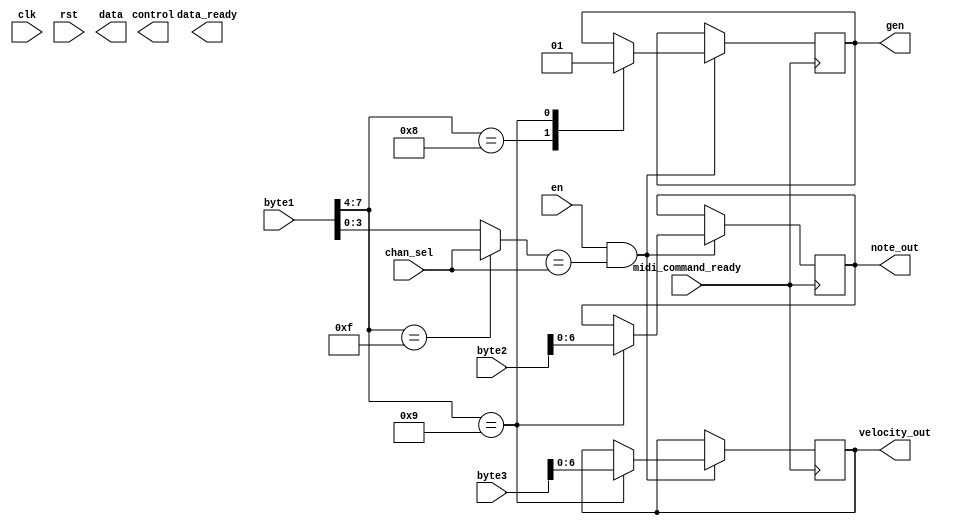
module midi_parse_2(clk, rst, en, midi_command_ready, 
					chan_sel, byte1, byte2, byte3,  		  // 
					gen, note_out, velocity_out, data, control, data_ready
					);

input wire clk;             // 50 MHz clock
input wire rst;             // reset
input wire en;             // enable data transmit
//note control
input [3:0] chan_sel;
input [7:0] byte1;
input [7:0] byte2;
input [7:0] byte3;

output gen;
reg gen;
output [6:0] note_out;
reg [6:0] note_out;
output [6:0] velocity_out;
reg [6:0] velocity_out;
output [13:0] data;
reg [13:0] data;
output [13:0] control;
reg [13:0] control;

wire sysex = byte1[7:4]==4'b1111;

wire message = ((byte1[7:4]>=4'b1000) && (byte1[7:4]<4'b1111));

wire [3:0]chan;
wire [3:0]ch_message = byte1[7:4];

input wire midi_command_ready;
output  data_ready;
reg data_ready;

assign chan = (sysex) ? chan_sel : byte1[3:0];


always @ (posedge midi_command_ready) begin
if (en && (chan==chan_sel)) begin
case (ch_message)
	4'b1000:begin//Note Off
	gen <= 1'b0;
	end
	4'b1001:begin//Note On
	note_out <= byte2[6:0];
	velocity_out <= byte3[6:0];
	gen <= 1'b1;
	end
	4'b1011:begin//CC
	end
	endcase
end	
end

endmodule